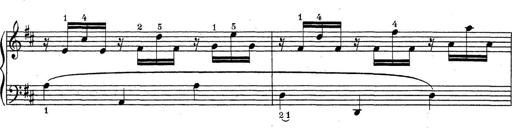
Title: ÄŒeskÃ© Sonatiny
Composer: Various